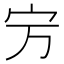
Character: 𡧊